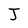
Character: J